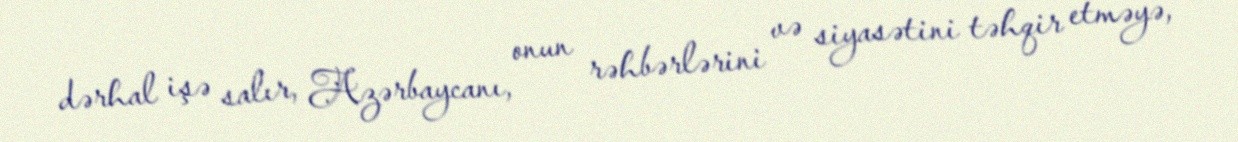
dərhal işə salır, Azərbaycanı, onun rəhbərlərini və siyasətini təhqir etməyə,